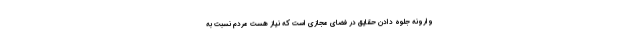
وارونه جلوه دادن حقایق در فضای مجازی است که نیاز هست مردم نسبت به